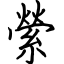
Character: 縈